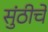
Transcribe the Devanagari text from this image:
सुंठीचे